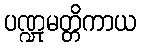
ပဏ္ဍုမတ္တိကာယ